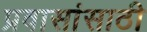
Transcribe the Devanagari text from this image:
प्रवासांसाठी